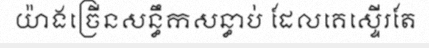
យ៉ាងច្រើនសន្ធឹកសន្ធាប់ ដែលគេស្ទើរតែ